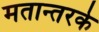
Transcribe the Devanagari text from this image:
मतान्तरके